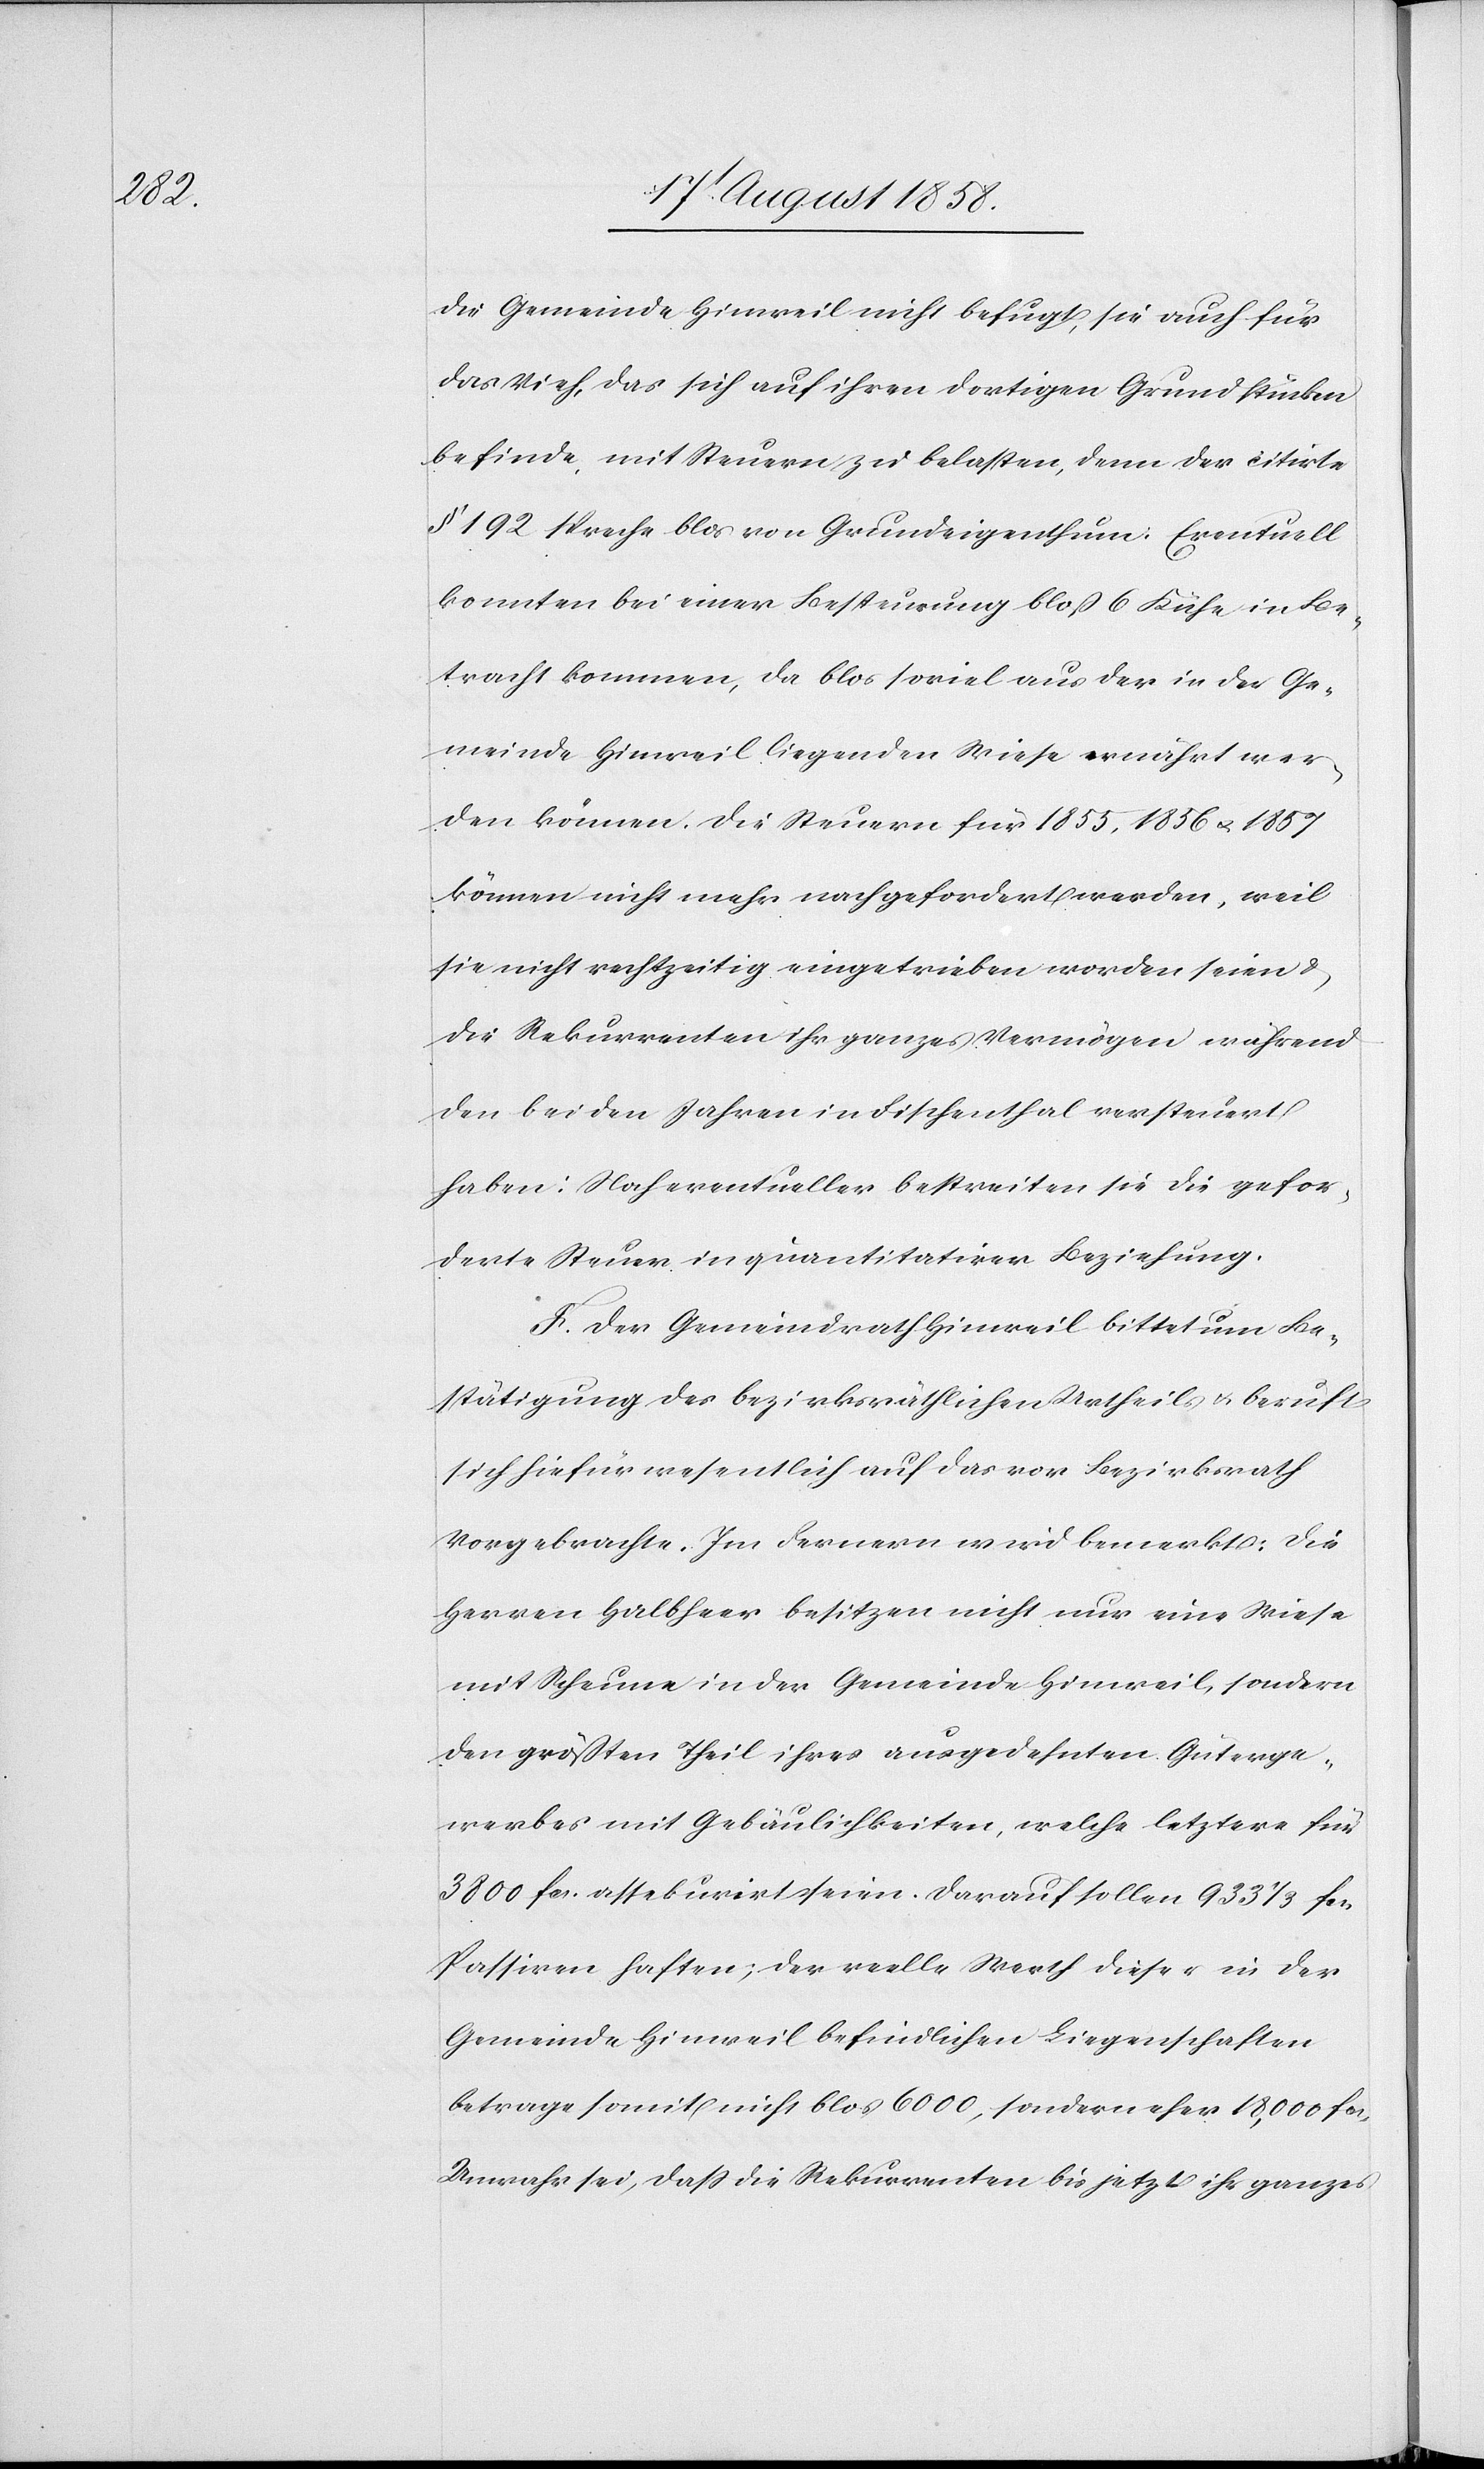
die Gemeinde Hinweil nicht befugt, sie auch für
das Vieh, das sich auf ihren dortigen Grundstücken
befinde, mit Steuern zu belasten, denn der citirte
§ 192 spreche blos von Grundeigenthum. Eventuell
konnten bei einer Besteurung bloß 6 Kühe in Be¬
tracht kommen, da blos soviel aus der in der Ge¬
meinde Hinweil liegenden Wiese ernährt wer¬
den können. Die Steuern für 1855, 1856 & 1857
können nicht mehr nachgefordert werden, weil
sie nicht rechtzeitig eingetrieben worden seien &
die Rekurrenten ihr ganzes Vermögen während
den beiden Jahren in Fischenthal versteuert
haben. Noch eventueller bestreiten sie die gefor¬
derte Steuer in quantitativer Beziehung.
F. Der Gemeindrath Hinweil bittet um Be¬
stätigung des bezirksräthlichen Urtheils & beruft
sich hiefür wesentlich auf das vor Bezirksrath
Vorgebrachte. Im Fernern wird bemerkt: Die
Herren Halbheer besitzen nicht nur eine Wiese
mit Scheune in der Gemeinde Hinweil, sondern
den größten Theil ihres ausgedehnten Güterge¬
werbes mit Gebäulichkeiten, welche letztere für
3800 fcs. assekurirt seien. Darauf sollen 933 1/3 fcs.
Passiven haften; der reelle Werth dieser in der
Gemeinde Hinweil befindlichen Liegenschaften
betrage somit nicht blos 6000, sondern eher 18,000 fcs.
Unwahr sei, dass die Rekurrenten bis jetzt ihr ganzes